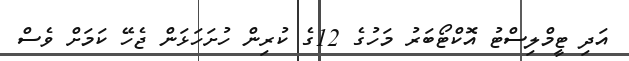
އަދި ޓީމްލިސްޓު އޮކްޓޯބަރު މަހުގެ 12ގެ ކުރިން ހުށަހަޅަން ޖެހޭ ކަމަށް ވެސް